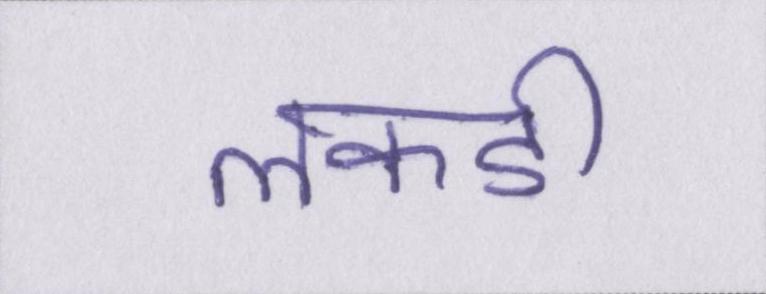
लकडी